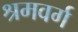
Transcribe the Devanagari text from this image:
श्रमवर्ग